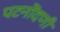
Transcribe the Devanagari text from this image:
पटनोंदणी